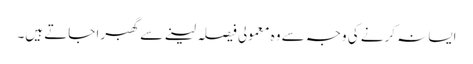
ایسا نہ کرنے کی وجہ سے وہ معمولی فیصلہ لینے سے گھبرا جاتے ہیں۔